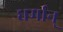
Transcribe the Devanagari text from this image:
धर्मान्